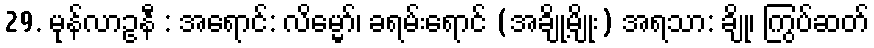
29. မုန်လာဥနီ : အရောင်: လိမ္မော်၊ ခရမ်းရောင် (အချို့မျိုး) အရသာ: ချို၊ ကြွပ်ဆတ်